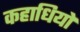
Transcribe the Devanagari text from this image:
कहाधियों